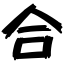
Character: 合